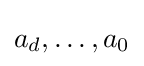
a_{d},\ldots ,a_{0}